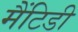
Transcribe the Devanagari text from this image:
मैंटिडी